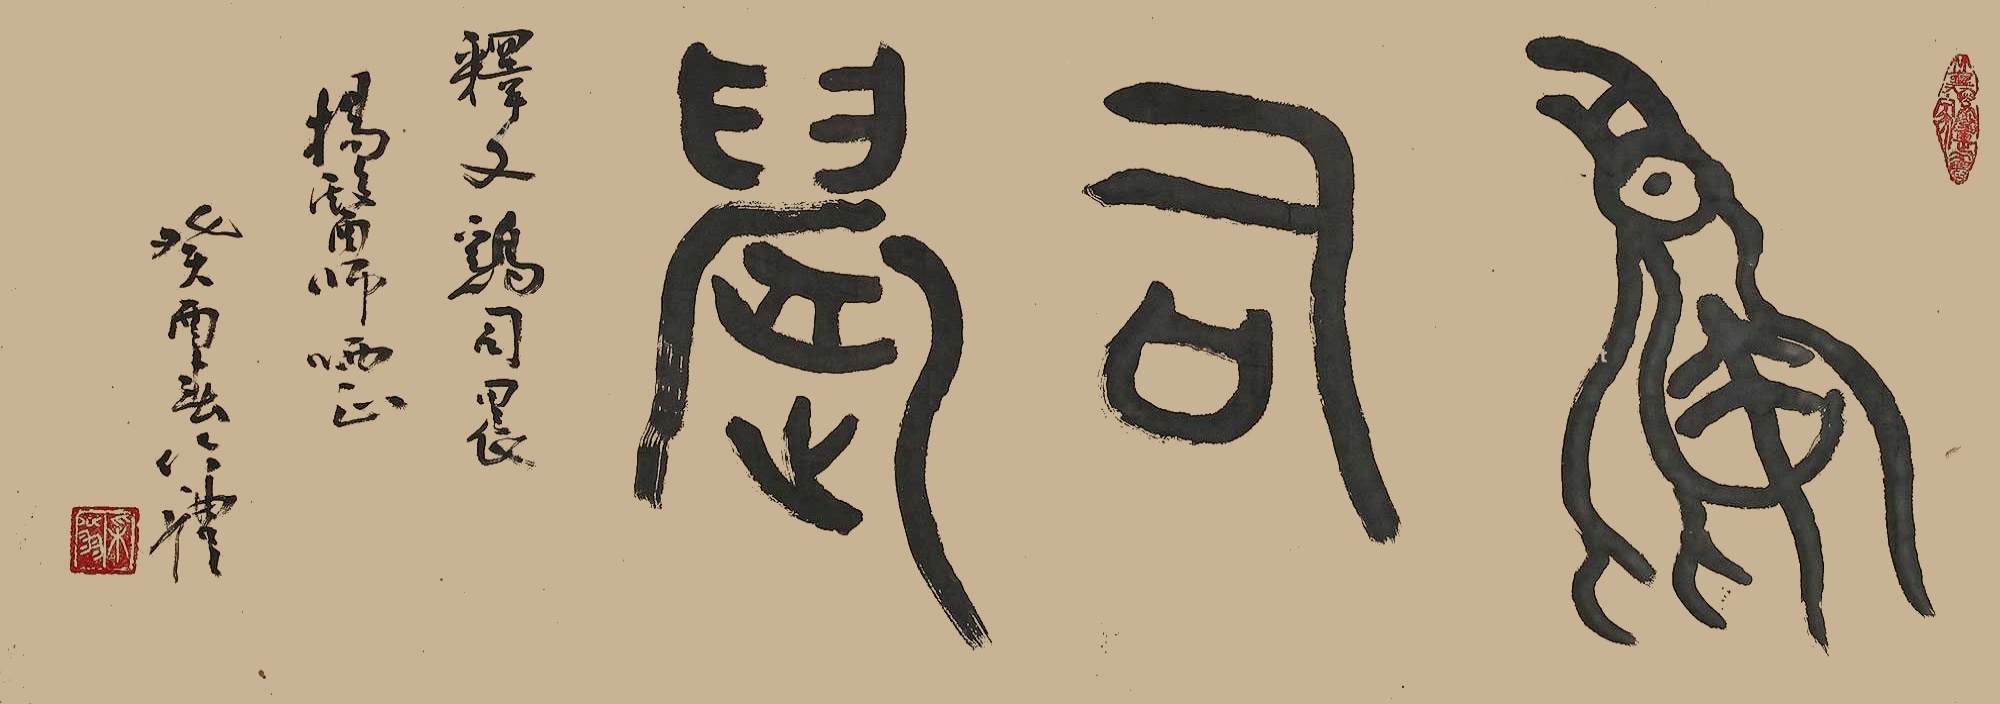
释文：鸡司晨。鸡司晨，杨医师哂正，癸酉春作礼。